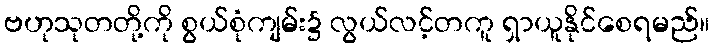
ဗဟုသုတတို့ကို စွယ်စုံကျမ်း၌ လွယ်လင့်တကူ ရှာယူနိုင်စေရမည်။